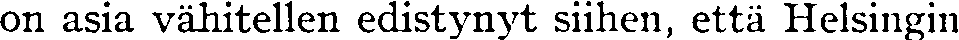
on asia vähitellen edistynyt siihen, että Helsingin